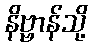
နိဗ္ဗာန်သို့